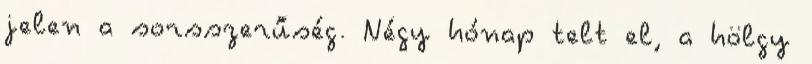
jelen a sorsszerűség. Négy hónap telt el, a hölgy